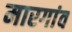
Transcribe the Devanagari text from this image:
मारगांव